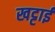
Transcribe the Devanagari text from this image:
खट्टाई